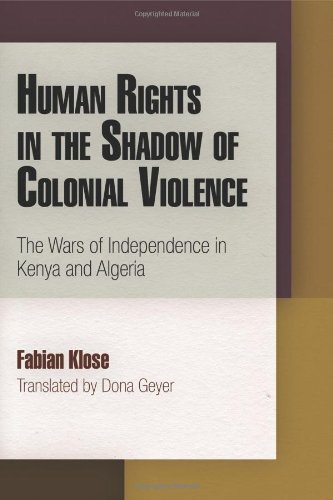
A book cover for Human Rights in the Shadow of Colonial Violence: The Wars of Independence in Kenya and Algeria (Pennsylvania Studies in Human Rights); Fabian Klose; History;